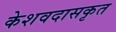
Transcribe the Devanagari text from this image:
केशवदासकृत